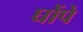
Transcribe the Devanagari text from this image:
घोंपे